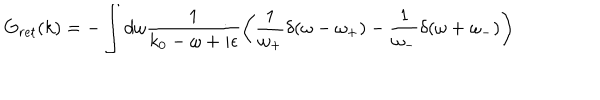
LaTeX: G _ { r e t } ( k ) = - \int d \omega \frac { 1 } { k _ { 0 } - \omega + i \epsilon } \left( \frac { 1 } { \omega _ { + } } \delta ( \omega - \omega _ { + } ) - \frac { 1 } { \omega _ { - } } \delta ( \omega + \omega _ { - } ) \right)